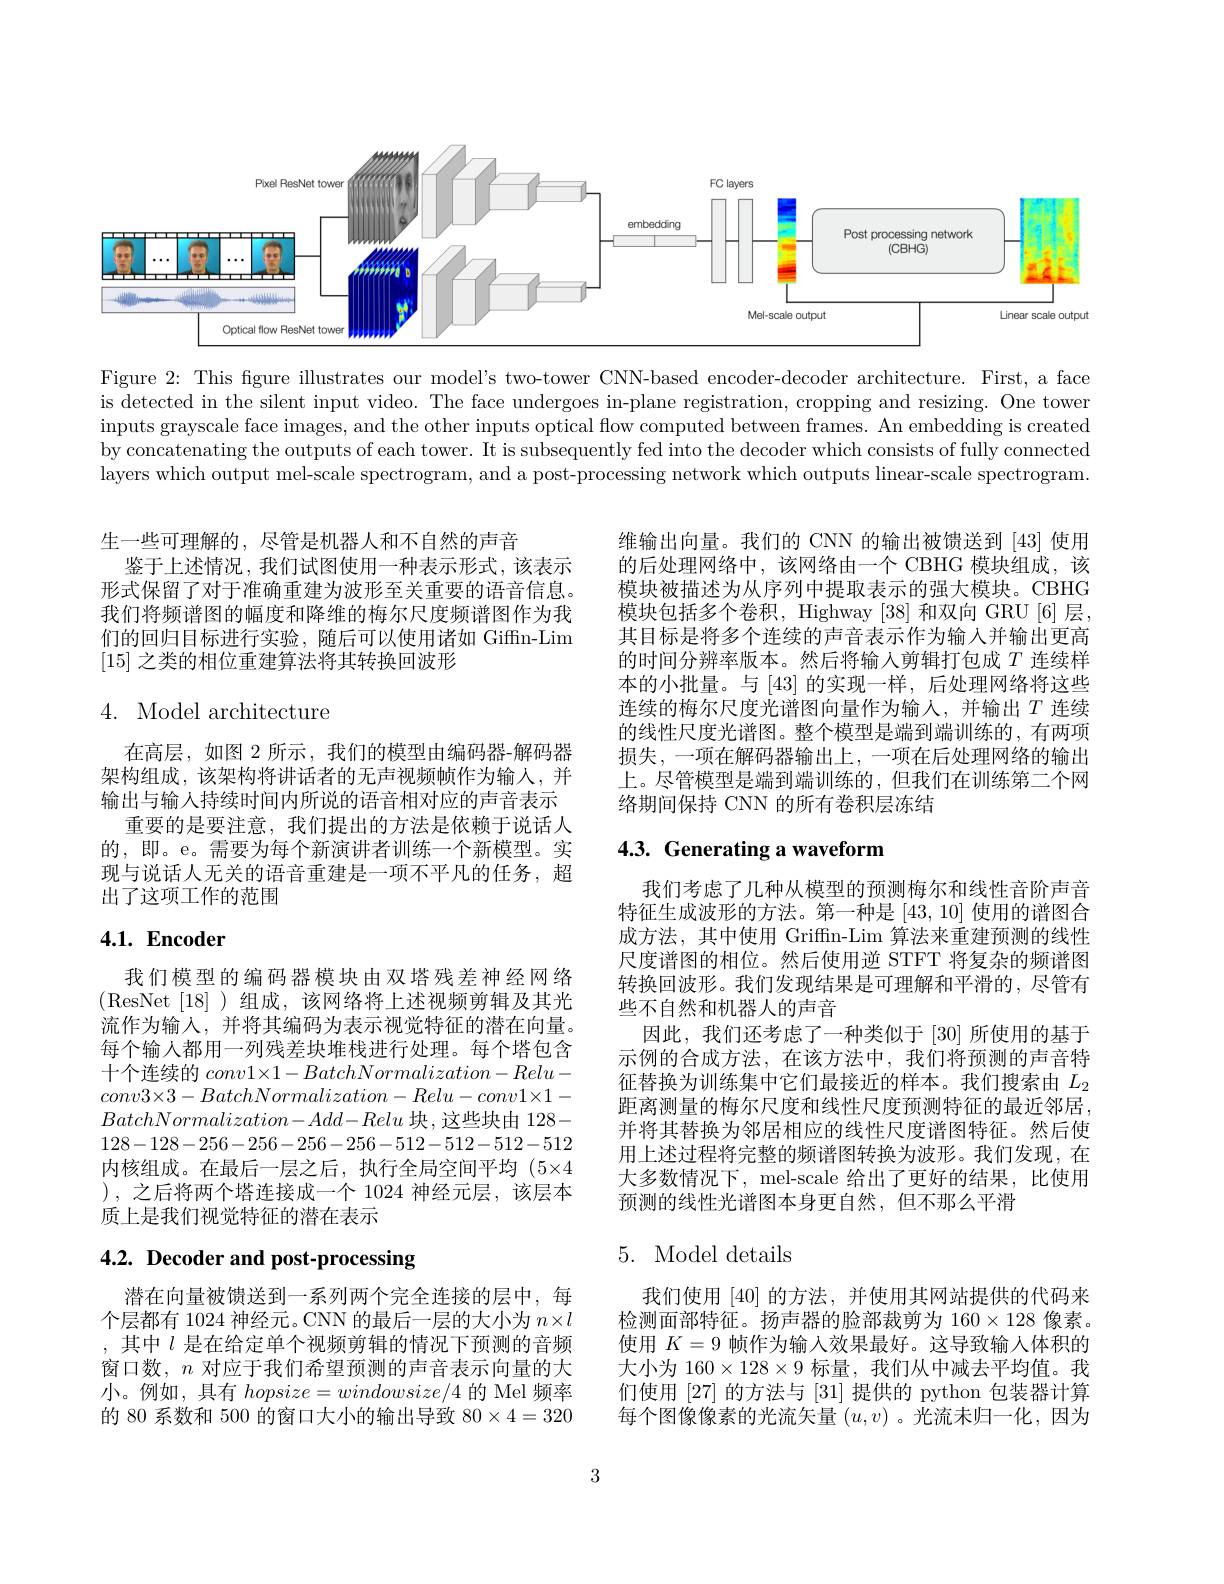
<FigureHere>

Figure 2: This fgure illustrates our model's two-tower CNN-based encoder-decoder architecture. First, a face is detected in the silent input video. The face undergoes in-plane registration, cropping and resizing. One tower inputs grayscale face images, and the other inputs optical flow computed between frames. An embedding is created by concatenating the outputs of each tower. It is subsequently fed into the decoder which consists of fully connected layers which output mel-scale spectrogram, and a post-processing network which outputs linear-scale spectrogram.

生一些可理解的，尽管是机器人和不自然的声音
鉴于上述情况，我们试图使用一种表示形式，该表示形式保留了对于准确重建为波形至关重要的语音信息。我们将频谱图的幅度和降维的梅尔尺度频谱图作为我们的回归目标进行实验，随后可以使用诸如 Giffn-Lim [15]之类的相位重建算法将其转换回波形

## 4. Model architecture

在高层，如图 2 所示，我们的模型由编码器-解码器架构组成，该架构将讲话者的无声视频帧作为输人，并输出与输入持续时间内所说的语音相对应的声音表示
重要的是要注意，我们提出的方法是依赖于说话人的，即。e。需要为每个新演讲者训练一个新模型。实现与说话人无关的语音重建是一项不平凡的任务，超出了这项工作的范围

# 4.1. Encoder

我们模型的编码器模块由双塔残差神经网络(ResNet[18])组成，该网络将上述视频剪辑及其光流作为输入，并将其编码为表示视觉特征的潜在向量。每个输人都用一列残差块堆栈进行处理。每个塔包含十个连续的$conv1\times1-BatchNormalization-Relu-$ $conv3\times3-BatchNormalization-Relu-conv1\times1-$ $BatchNormalization-Add-Relu$块，这些块由 128- 128-128-256-256-256-512-512-512-512内核组成。在最后一层之后，执行全局空间平均$(5\times4$ ), 之后将两个塔连接成一个 1024 神经元层，该层本质上是我们视觉特征的潜在表示

# 4.2. Decoder and post-processing

潜在向量被馈送到一系列两个完全连接的层中，每个层都有 1024 神经元。CNN 的最后一层的大小为$n\times l$ ,其中$l$是在给定单个视频剪辑的情况下预测的音频窗口数，$n$对应于我们希望预测的声音表示向量的大小。例如，具有$hopsize=windowsize/4$的 Mel 频率的 80 系数和 500 的窗口大小的输出导致$80\times4=320$

维输出向量。我们的 CNN 的输出被馈送到 [43] 使用的后处理网络中，该网络由一个 CBHG 模块组成，该模块被描述为从序列中提取表示的强大模块。CBHG 模块包括多个卷积，Highway [38]和双向 GRU[6]层， 其目标是将多个连续的声音表示作为输入并输出更高的时间分辨率版本。然后将输入剪辑打包成$T$连续样本的小批量。与[43]的实现一样，后处理网络将这些连续的梅尔尺度光谱图向量作为输人，并输出$T$ 连续的线性尺度光谱图。整个模型是端到端训练的，有两项损失，一项在解码器输出上，一项在后处理网络的输出上。尽管模型是端到端训练的，但我们在训练第二个网络期间保持 CNN 的所有卷积层冻结

## 4.3. Generating a waveform

我们考虑了几种从模型的预测梅尔和线性音阶声音特征生成波形的方法。第一种是[43,10]使用的谱图合成方法，其中使用 Griffn-Lim 算法来重建预测的线性尺度谱图的相位。然后使用逆 STFT 将复杂的频谱图转换回波形。我们发现结果是可理解和平滑的，尽管有些不自然和机器人的声音
因此，我们还考虑了一种类似于[30]所使用的基于示例的合成方法，在该方法中，我们将预测的声音特征替换为训练集中它们最接近的样本。我们搜索由$L_{2}$ 距离测量的梅尔尺度和线性尺度预测特征的最近邻居， 并将其替换为邻居相应的线性尺度谱图特征。然后使用上述过程将完整的频谱图转换为波形。我们发现，在大多数情况下，mel-scale 给出了更好的结果，比使用预测的线性光谱图本身更自然，但不那么平滑

## 5. Model details

我们使用 [40] 的方法，并使用其网站提供的代码来检测面部特征。扬声器的脸部裁剪为 160×128 像素。使用$K=9$帧作为输入效果最好。这导致输人体积的大小为 160$\times128\times9$标量，我们从中减去平均值。我们使用 [27] 的方法与 [31] 提供的 python 包装器计算每个图像像素的光流矢量$(u,v)$ 。光流未归一化，因为

3